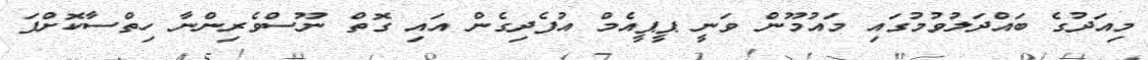
މިއަދުގެ ބައްދަލުވުމުގައި މައުމޫން ވަނީ ޕީޕީއެމް އުފެދިގެން އައި ގޮތް ނޫސްވެރިންނާ ހިތްސާކޮށްފަ